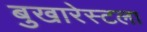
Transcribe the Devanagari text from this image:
बुखारेस्टला